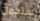
ستحمل